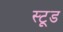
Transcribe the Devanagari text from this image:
स्टूड